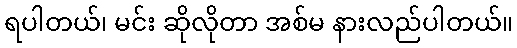
ရပါတယ်၊ မင်း ဆိုလိုတာ အစ်မ နားလည်ပါတယ်။